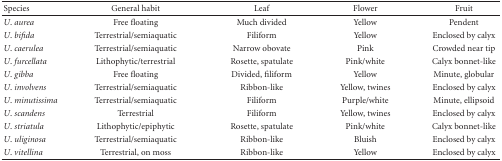
| Species | General habit | Leaf | Flower | Fruit |
 | --- | --- | --- | --- | --- |
 | U. aurea | Free floating | Much divided | Yellow | Pendent |
 | U. bifida | Terrestrial/semiaquatic | Filiform | Yellow | Enclosed by calyx |
 | U. caerulea | Terrestrial/semiaquatic | Narrow obovate | Pink | Crowded near tip |
 | U. furcellata | Lithophytic/terrestrial | Rosette, spatulate | Pink/white | Calyx bonnet-like |
 | U. gibba | Free floating | Divided, filiform | Yellow | Minute, globular |
 | U. involvens | Terrestrial/semiaquatic | Ribbon-like | Yellow, twines | Enclosed by calyx |
 | U. minutissima | Terrestrial/semiaquatic | Filiform | Purple/white | Minute, ellipsoid |
 | U. scandens | Terrestrial | Filiform | Yellow, twines | Enclosed by calyx |
 | U. striatula | Lithophytic/epiphytic | Rosette, spatulate | Pink/white | Calyx bonnet-like |
 | U. uliginosa | Terrestrial/semiaquatic | Ribbon-like | Bluish | Enclosed by calyx |
 | U. vitellina | Terrestrial, on moss | Ribbon-like | Yellow | Enclosed by calyx |